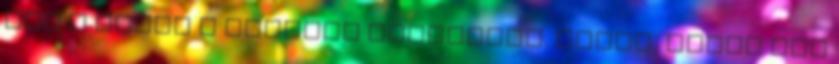
hát a munka a legjobb búfelejtő. köszi, ennek nem